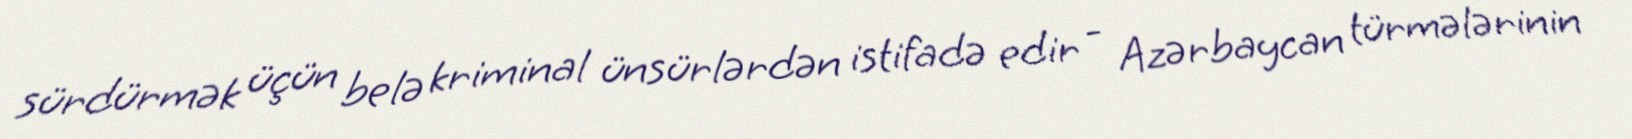
sürdürmək üçün belə kriminal ünsürlərdən istifadə edir - Azərbaycan türmələrinin